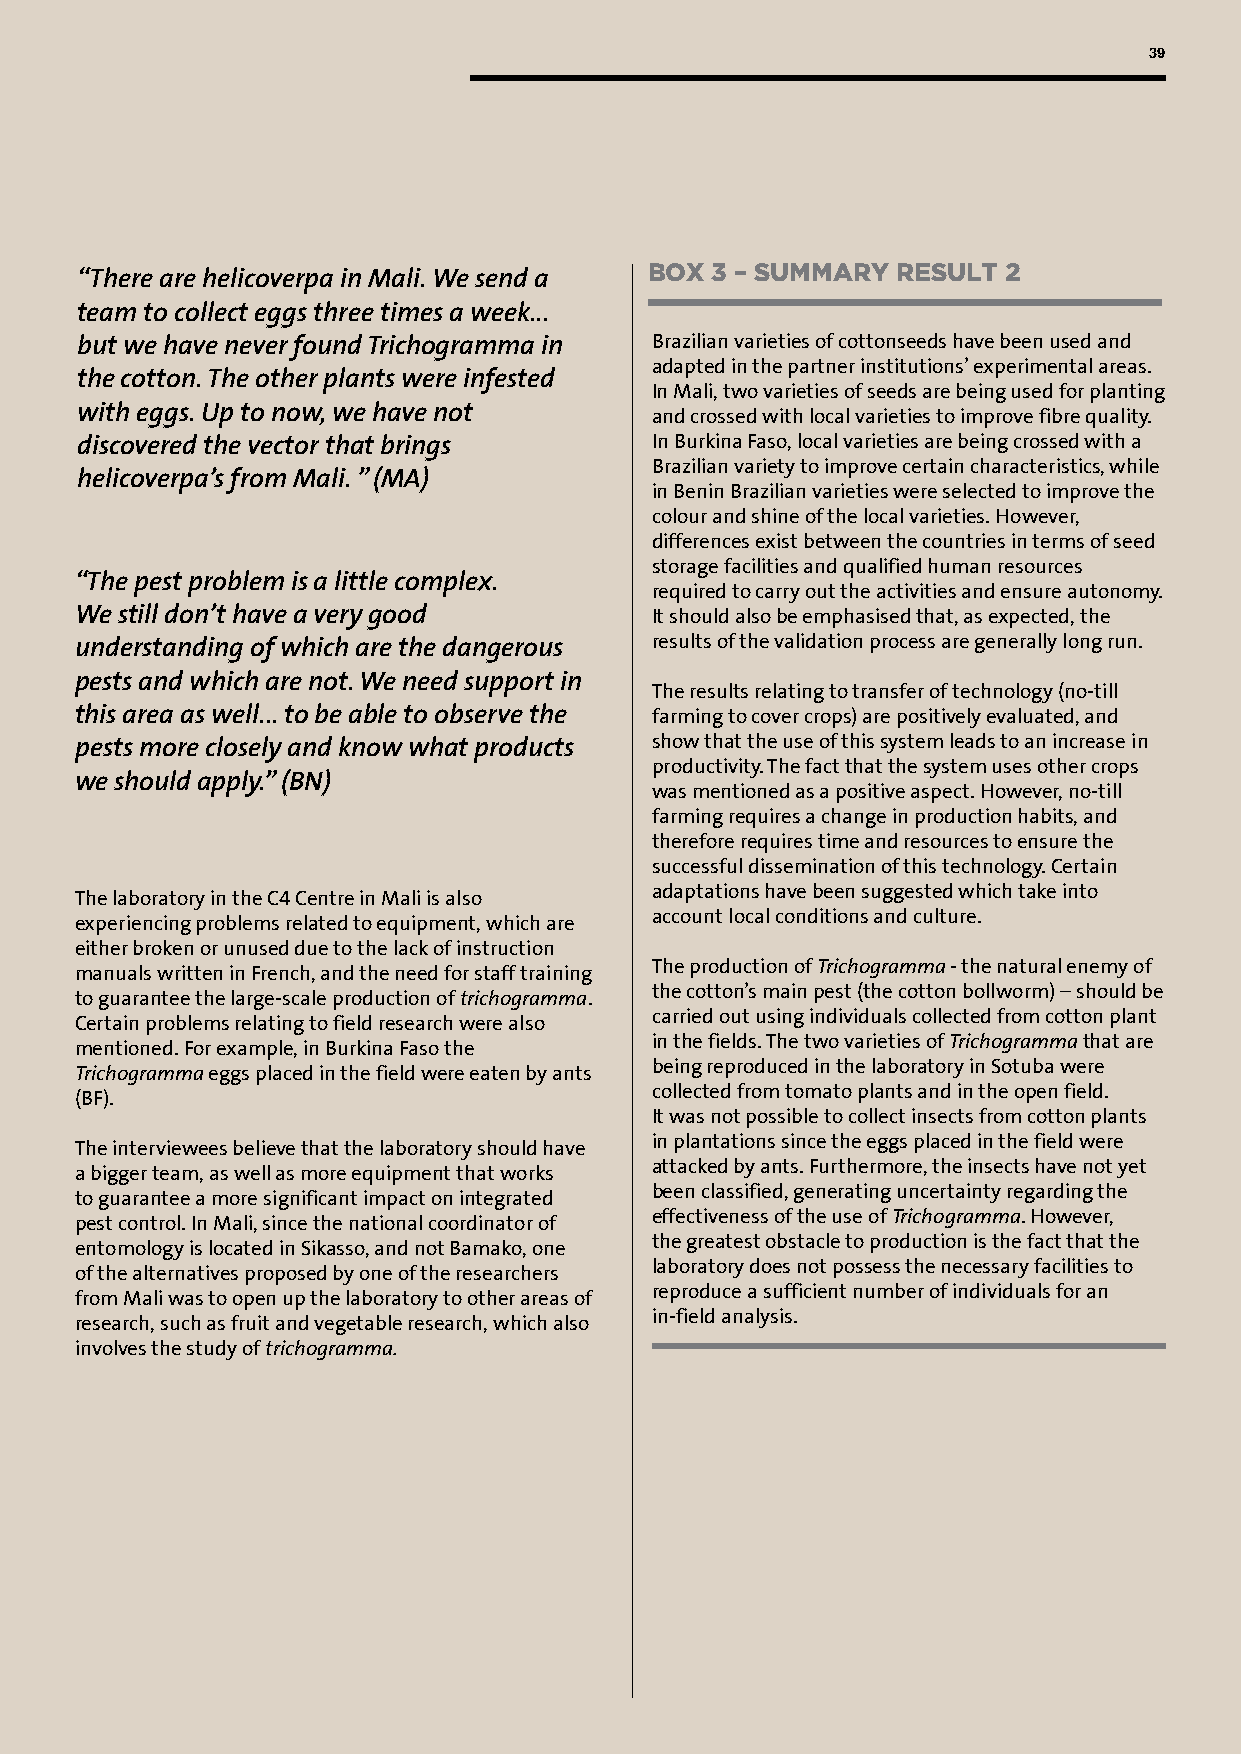
39
 BOX 3 – SUMMARY RESULT 2
 “There are helicoverpa in Mali. We send a
 team to collect eggs three times a week...
 but we have never found Trichogramma in Brazilian varieties of cottonseeds have been used and
 adapted in the partner institutions’ experimental areas.
 the cotton. The other plants were infested
 In Mali, two varieties of seeds are being used for planting
 with eggs. Up to now, we have not
 and crossed with local varieties to improve fibre quality.
 discovered the vector that brings     In Burkina Faso, local varieties are being crossed with a
 Brazilian variety to improve certain characteristics, while
 helicoverpa’s from Mali. ” (MA)
 in Benin Brazilian varieties were selected to improve the
 colour and shine of the local varieties. However,
 differences exist between the countries in terms of seed
 storage facilities and qualified human resources
 “The pest problem is a little complex.
 required to carry out the activities and ensure autonomy.
 We still don’t have a very good       It should also be emphasised that, as expected, the
 understanding of which are the dangerous results of the validation process are generally long run.
 pests and which are not. We need support in
 The results relating to transfer of technology (no-till
 this area as well... to be able to observe the farming to cover crops) are positively evaluated, and
 pests more closely and know what products show that the use of this system leads to an increase in
 productivity. The fact that the system uses other crops
 we should apply.” (BN)
 was mentioned as a positive aspect. However, no-till
 farming requires a change in production habits, and
 therefore requires time and resources to ensure the
 successful dissemination of this technology. Certain
 adaptations have been suggested which take into
 The laboratory in the C4 Centre in Mali is also
 account local conditions and culture.
 experiencing problems related to equipment, which are
 either broken or unused due to the lack of instruction
 The production of Trichogramma - the natural enemy of
 manuals written in French, and the need for staff training
 the cotton’s main pest (the cotton bollworm) – should be
 to guarantee the large-scale production of trichogramma.
 carried out using individuals collected from cotton plant
 Certain problems relating to field research were also
 in the fields. The two varieties of Trichogramma that are
 mentioned. For example, in Burkina Faso the
 being reproduced in the laboratory in Sotuba were
 Trichogramma eggs placed in the field were eaten by ants
 collected from tomato plants and in the open field.
 (BF).
 It was not possible to collect insects from cotton plants
 in plantations since the eggs placed in the field were
 The interviewees believe that the laboratory should have
 attacked by ants. Furthermore, the insects have not yet
 a bigger team, as well as more equipment that works
 been classified, generating uncertainty regarding the
 to guarantee a more significant impact on integrated
 effectiveness of the use of Trichogramma. However,
 pest control. In Mali, since the national coordinator of
 the greatest obstacle to production is the fact that the
 entomology is located in Sikasso, and not Bamako, one
 laboratory does not possess the necessary facilities to
 of the alternatives proposed by one of the researchers
 reproduce a sufficient number of individuals for an
 from Mali was to open up the laboratory to other areas of
 in-field analysis.
 research, such as fruit and vegetable research, which also
 involves the study of trichogramma.